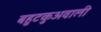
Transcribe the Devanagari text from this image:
बहुटकुअवाली